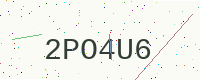
Text: 2PO4U6